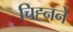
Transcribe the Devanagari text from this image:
चिह्नने